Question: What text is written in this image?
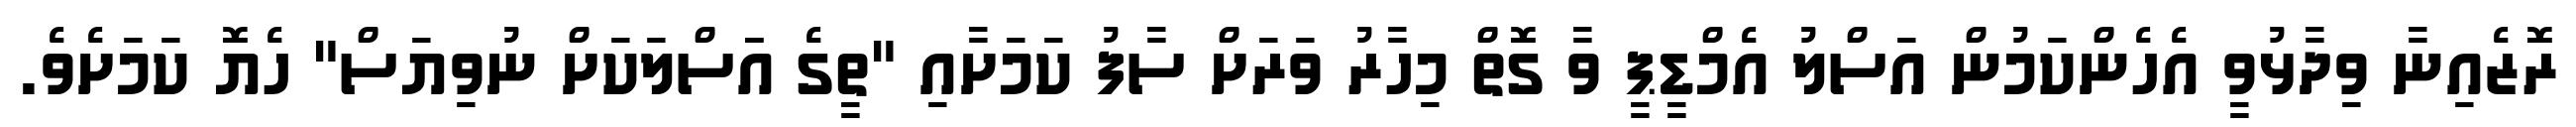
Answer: ރޮޒެއިނާ ވިދާޅުވީ އެހެންކަމުން އަސްލު އެމްޑީޕީ ވާ ގޮތް މިހާރު ވަރަށް ސާފު ކަމަށާއި "ތީގެ އަަސްލަކަށް ނުވިޔަސް" ހެޔޮ ކަމަށެވެ.